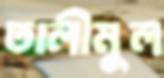
তালীমুল